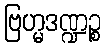
ဗြဟ္မဒဏ္ဍဉ္စ